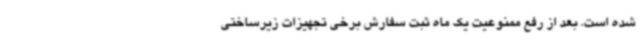
شده است. بعد از رفع ممنوعیت یک ماه ثبت سفارش برخی تجهیزات زیرساختی